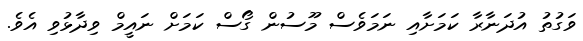
ވަގުތު އުދަނާރާ ކަމަށާއި ނަމަވެސް މޫސުން ގޯސް ކަމަށް ނައީމް ވިދާޅުވި އެވެ.